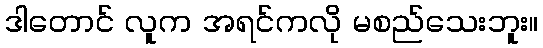
ဒါတောင် လူက အရင်ကလို မစည်သေးဘူး။